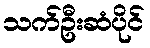
သက်ဦးဆံပိုင်